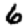
Digit: 6